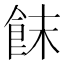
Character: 䬴